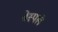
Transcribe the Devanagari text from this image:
बेस्पले